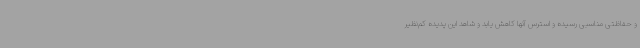
و حفاظتی مناسبی رسیده و استرس آنها کاهش یابد و شاهد این پدیده کم‌نظیر